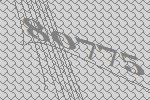
80775